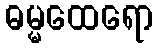
ဓမ္မထေရော